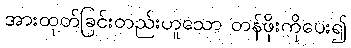
အားထုတ်ခြင်းတည်းဟူသော တန်ဖိုးကိုပေး၍